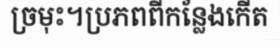
ច្រមុះ។ប្រភពពីកន្លែងកើត